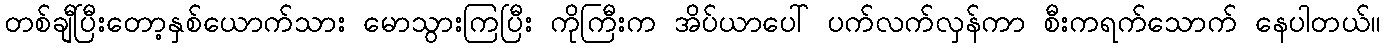
တစ်ချီပြီးတော့နှစ်ယောက်သား မောသွားကြပြီး ကိုကြီးက အိပ်ယာပေါ် ပက်လက်လှန်ကာ စီးကရက်သောက် နေပါတယ်။